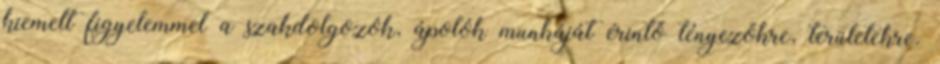
kiemelt figyelemmel a szakdolgozók, ápolók munkáját érintő tényezőkre, területekre.